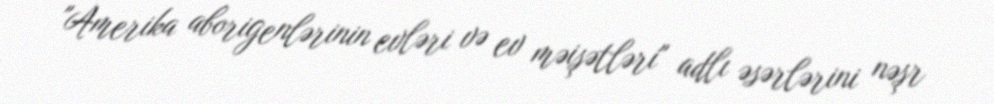
"Amerika aborigenlərinin evləri və ev məişətləri" adlı əsərlərini nəşr